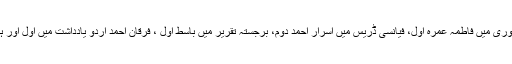
لوئر پرائمری اسکول مقابلہ جات کے شعبہ میں اسٹوری ٹلنگ میں بہا سمن اول ، مصوری میں فاطمہ عمرہ اول، فیانسی ڈریس میں اسرار احمد دوم، برجستہ تقریر میں باسط اول ، فرقان احمد اردو یادداشت میں اول اور ہند ی یادداشت میں دوم انعام حاصل کرنے کی پریس ریلیز میں جانکاری دی گئی ہے۔